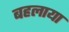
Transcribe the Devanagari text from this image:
बहलाया